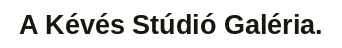
A Kévés Stúdió Galéria.